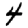
Digit: 4